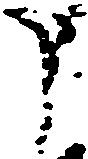
申